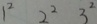
1 ^ { 2 } 2 ^ { 2 } 3 ^ { 2 }